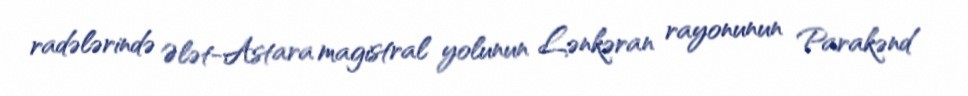
radələrində Ələt-Astara magistral yolunun Lənkəran rayonunun Parakənd